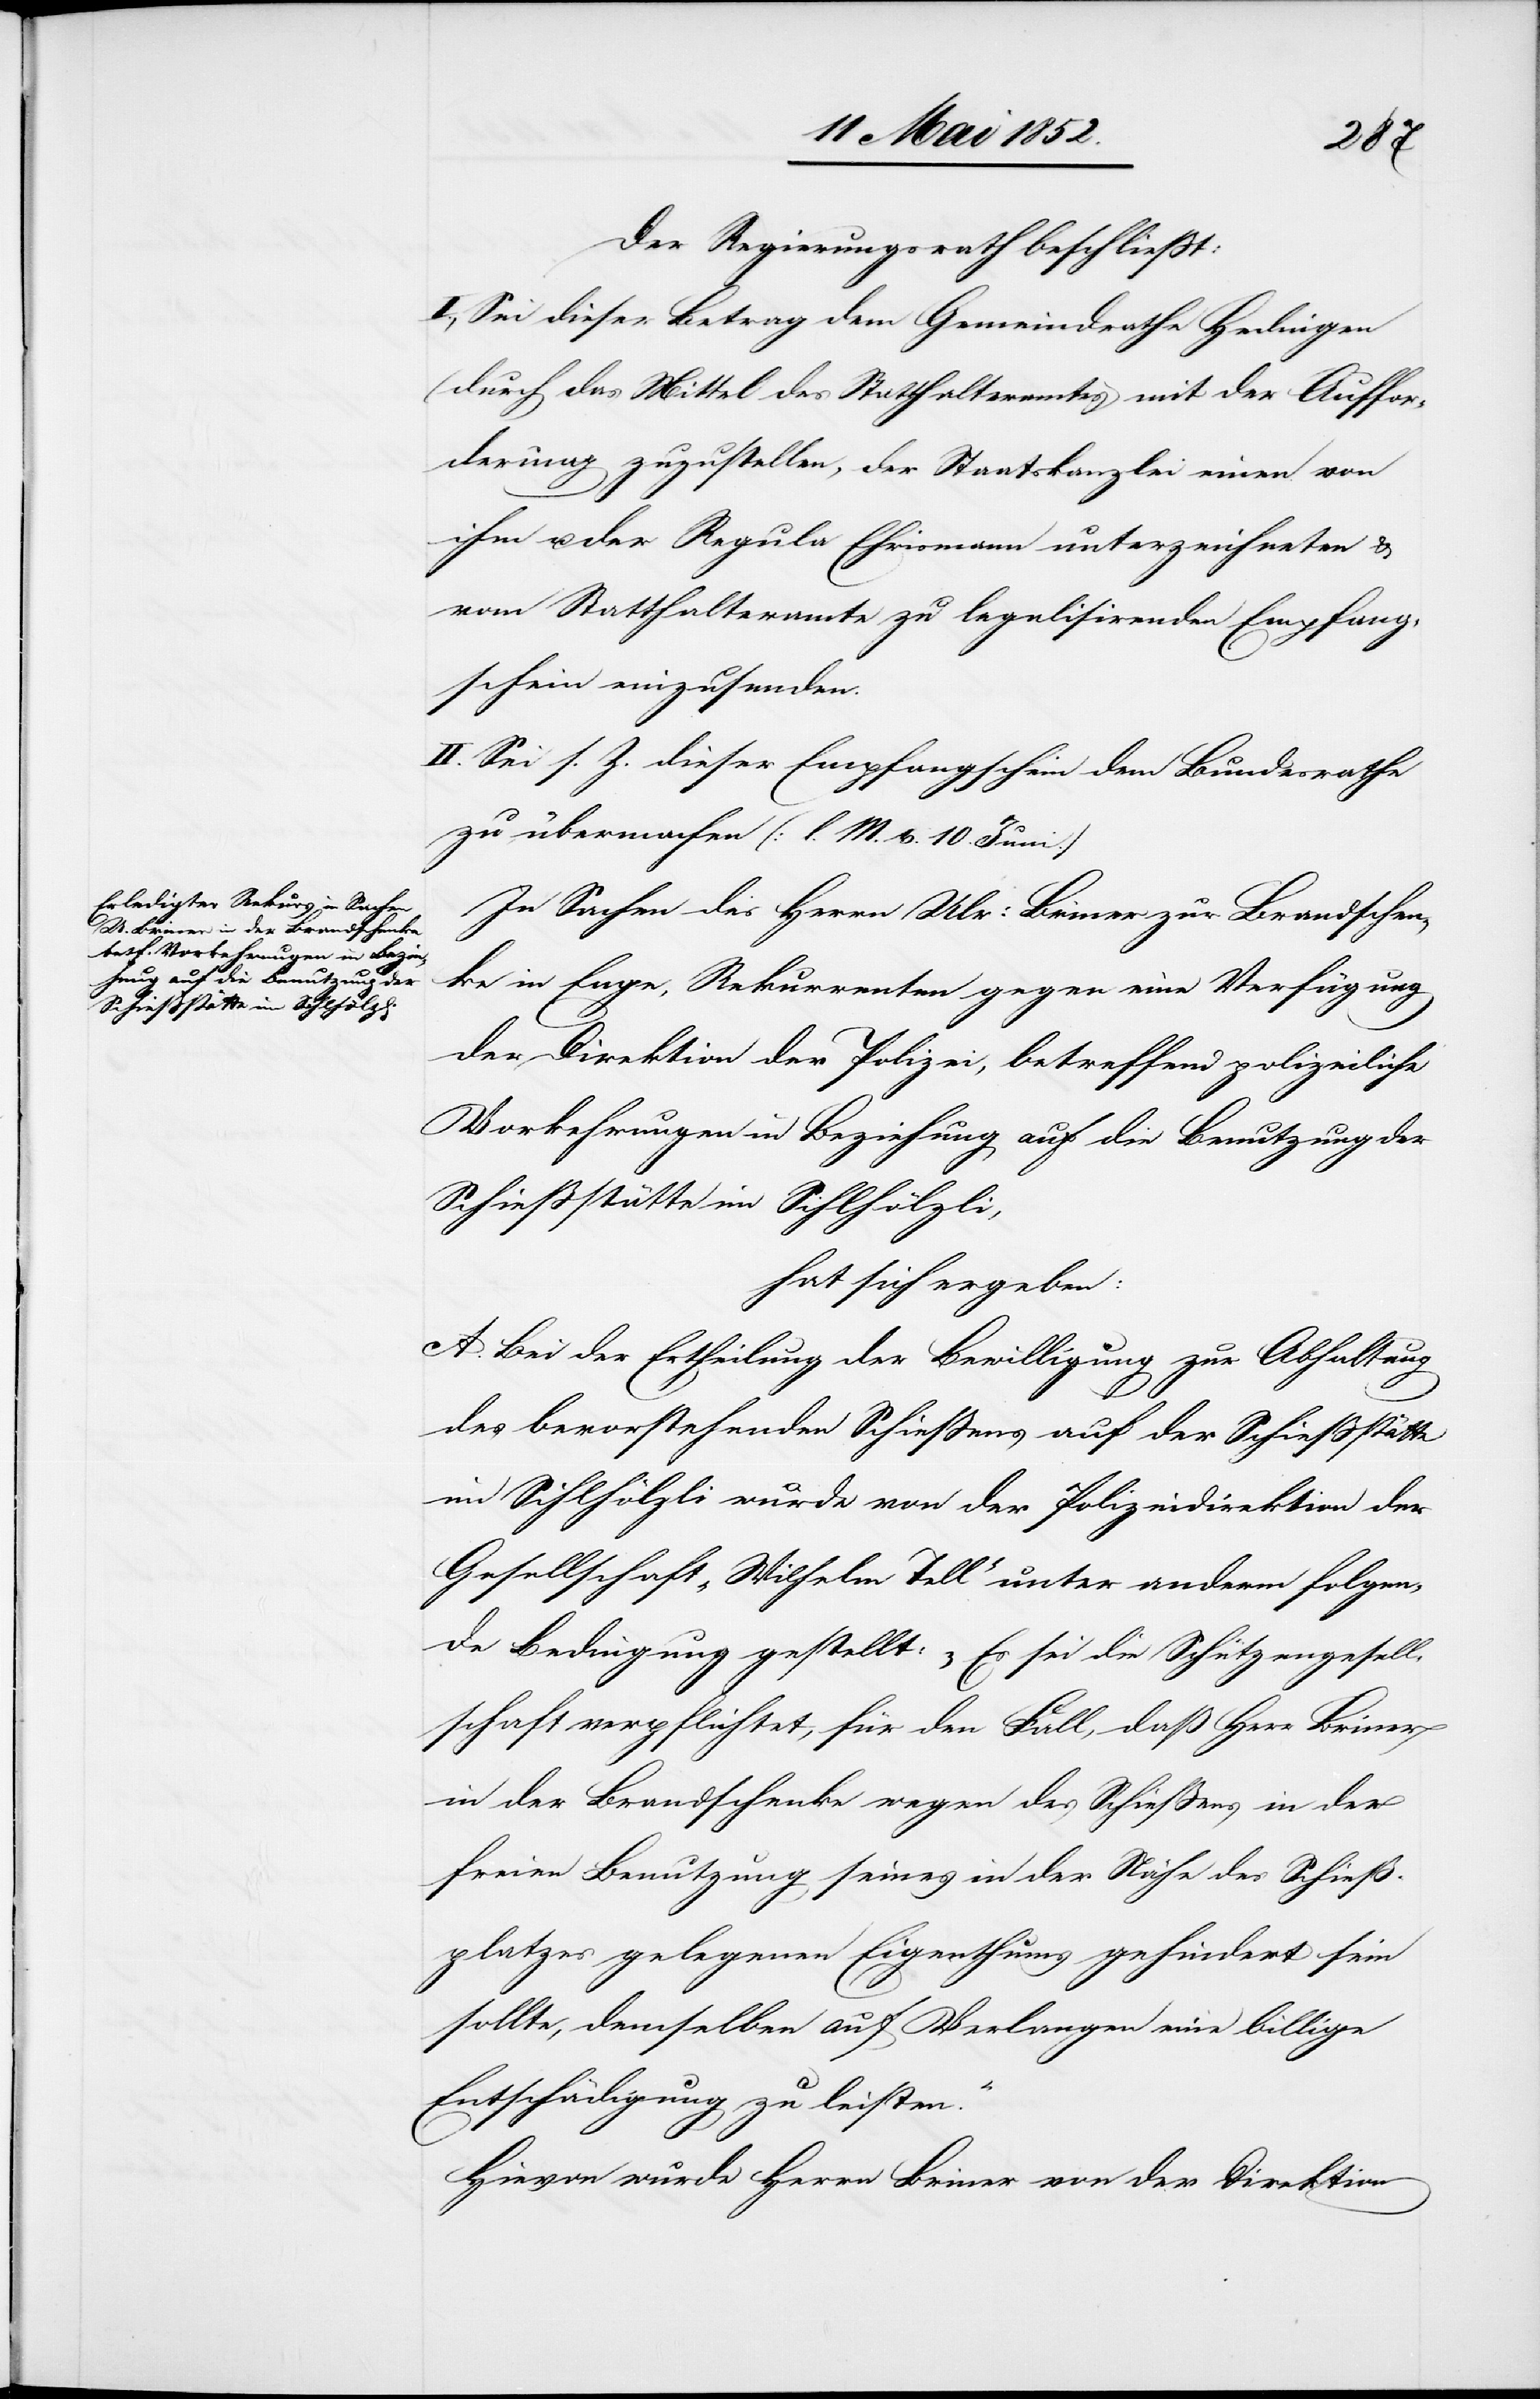
Der Regierungsrath beschliesst:
I., Sei dieser Betrag dem Gemeindrathe Hedingen
(durch das Mittel des Statthalteramtes) mit der Auffor¬
derung zuzustellen, der Staatskanzlei einen von
ihm u. der Regula Ehrismann unterzeichneten &
vom Statthalteramte zu legalisirenden Empfang¬
schein einzusenden.
II. Sei s. Z. dieser Empfangschein dem Bundesrathe
zu übermachen (l. M. v. 10. Juni.)
In Sachen des Herrn Ulr: Briner zur Brandschen¬
ke in Enge, Rekurrenten gegen eine Verfügung
der Direktion der Polizei, betreffend polizeiliche
Vorkehrungen in Beziehung auf die Benutzung der
Schiessstätte im Sihlhölzli,
hat sich ergeben:
A. Bei der Ertheilung der Bewilligung zur Abhaltung
des bevorstehenden Schiessens auf der Schiessstätte
im Sihlhölzli wurde von der Polizeidirektion der
Gesellschaft „Wilhelm Tell“ unter anderm folgen¬
de Bedingung gestellt: „Es sei die Schützengesell¬
schaft verpflichtet, für den Fall, daß Herr Briner
in der Brandschenke wegen des Schiessens in der
freien Benutzung seines in der Nähe des Schieß¬
platzes gelegenen Eigenthums gehindert sein
sollte, demselben auf Verlangen eine billige
Entschädigung zu leisten.“
Hievon wurde Herr Briner von der Direktion